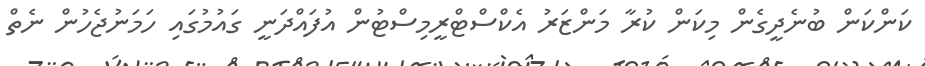
ކަންކަން ބުނެދީގެން މިކަން ކުރާ މަންޒަރު އެކްސްޓްރީމިސްޓުން އުފައްދަނީ ގައުމުގައި ހަމަނުޖެހުން ނެތް